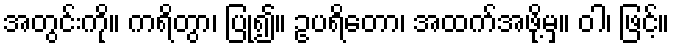
အတွင်းကို။ ကရိတွာ၊ ပြု၍။ ဥပရိတော၊ အထက်အဖို့မှ။ ဝါ၊ ဖြင့်။